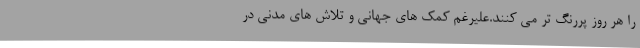
را هر روز پررنگ تر می کنند.عليرغم كمك هاي جهاني و تلاش هاي مدني در